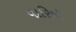
વારિએ